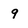
Character: 9